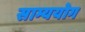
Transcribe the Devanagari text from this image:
साम्ययोग